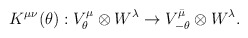
\begin{align*} K^{\mu \nu}(\theta) : V^{\mu}_{\theta} \otimes W^{\lambda} \to V^{\bar{\mu}}_{-\theta} \otimes W^{\lambda}.\end{align*}